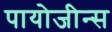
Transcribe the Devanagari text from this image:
पायोजीन्स